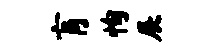
肓恂展